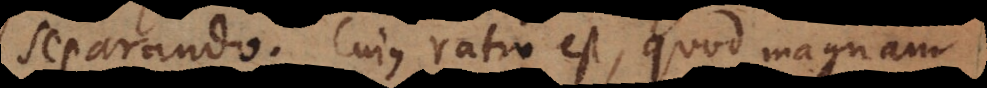
separando. Cujus ratio est, quod magnam